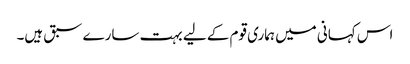
اس کہانی میں ہماری قوم کے لیے بہت سارے سبق ہیں۔